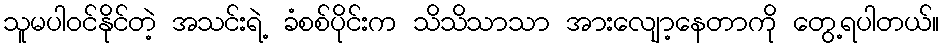
သူမပါဝင်နိုင်တဲ့ အသင်းရဲ့ ခံစစ်ပိုင်းက သိသိသာသာ အားလျော့နေတာကို တွေ့ရပါတယ်။